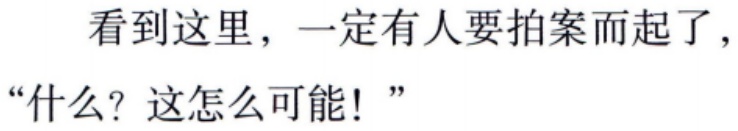
看到这里，一定有人要拍案而起了，“什么？这怎么可能！”